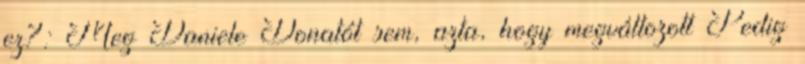
ez?: Meg Daniele Donatót sem, azta, hogy megváltozott Pedig